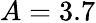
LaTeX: A=3.7